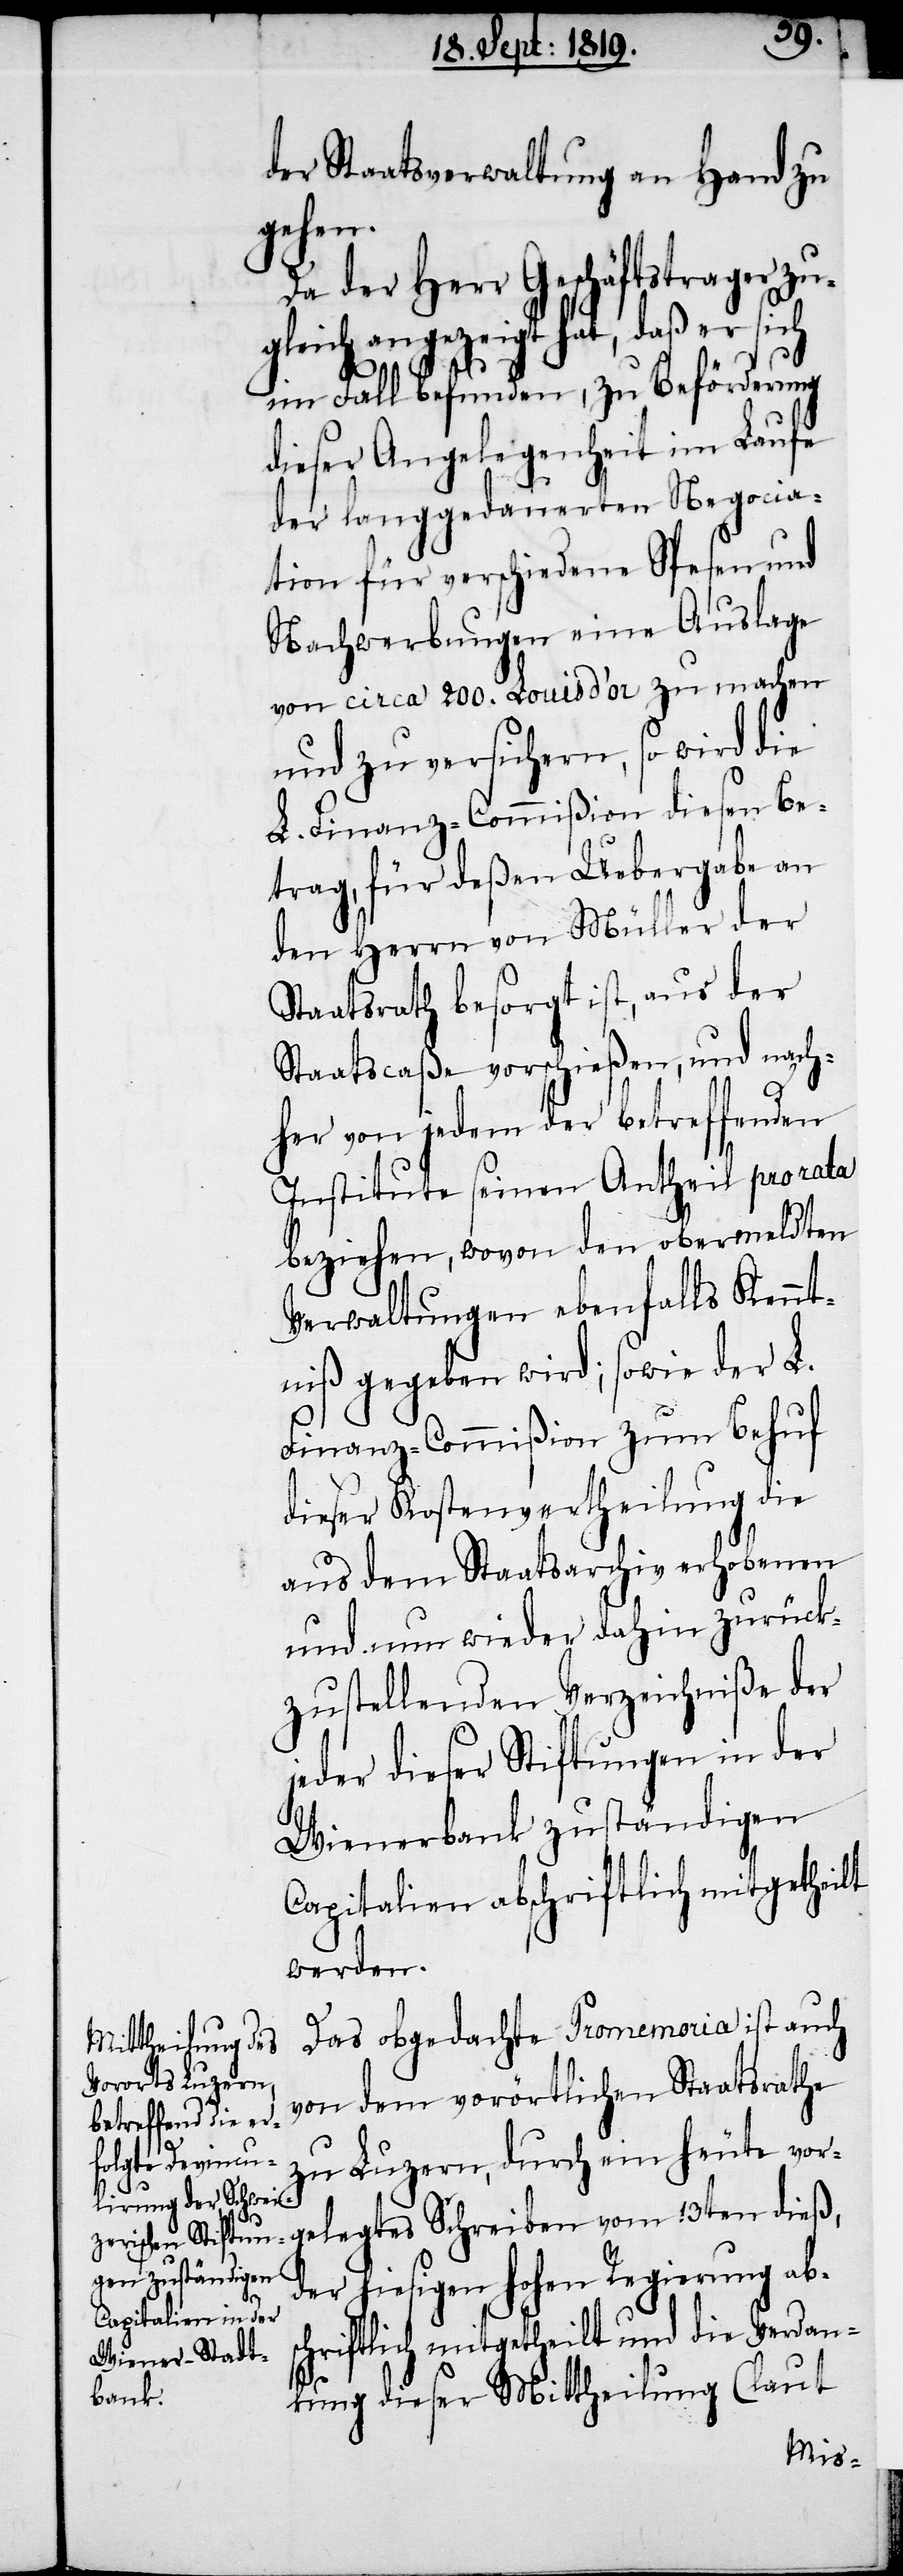
der Staatsverwaltung an Hand zu
gele¬
Da der Herr Geschäftstrager zu¬
gleich angezeigt hat, daß er sich
im Fall befunden, zu Beförderung
dieser Angelegenheit im Laufe
der langgedauerten Negocia¬
tion für verschiedene Spesen und
Nachwerbungen eine Auslage
von circa 200. Louis d’or zu machen
und zu versichern, so wird die
L. Finanz-Commißion diesen Be¬
trag, für deßen Uebergabe an
den Herrn von Müller der
Staatsrath besorgt ist, aus der
Staatscaße vorschießen, und nach¬
her von jedem der betreffenden
Institute seinen Antheil pro rata
beziehen, wovon den obermeldten
Verwaltungen ebenfalls Kennt¬
niß gegeben wird; sowie der L.
Finanz-Commißion zum Behuf
dieser Kostenvertheilung die
aus dem Staatsarchiv erhobenen
und nun wieder dahin zurück¬
zustellenden Verzeichniße der
jeder dieser Stiftungen in der
Wienerbank zuständigen
Capitalien abschriftlich mitgetheilt
werden.
Das obgedachte Promemoria ist auch
von dem vorörtlichen Staatsrathe
zu Luzern, durch ein heute vor¬
gtes
der hiesigen hohen Regierung abs¬
chriftlich mitgetheilt und die Verdan¬
kung dieser Mittheilung (laut